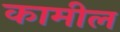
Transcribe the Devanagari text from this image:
कामील